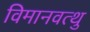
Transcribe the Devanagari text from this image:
विमानवत्थु